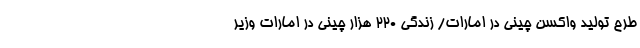
طرح تولید واکسن چینی در امارات/ زندگی 220 هزار چینی در امارات وزیر